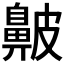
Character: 𪖞